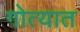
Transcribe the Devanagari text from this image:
गोत्यात